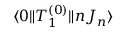
\langle 0 \| T _ { 1 } ^ { ( 0 ) } \| n J _ { n } \rangle